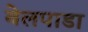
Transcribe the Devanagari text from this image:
बेलपाडा